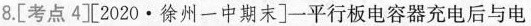
8.[考点4工2020 · 徐州一中期末]一平行板电容器充电后与电